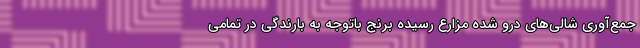
جمع‌آوری شالی‌های درو شده مزارع رسیده برنج باتوجه به بارندگی در تمامی